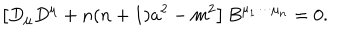
LaTeX: \left[ D _ { \mu } D ^ { \mu } + n ( n + 1 ) a ^ { 2 } - m ^ { 2 } \right] B ^ { \mu _ { 1 } \cdots \mu _ { n } } = 0 .